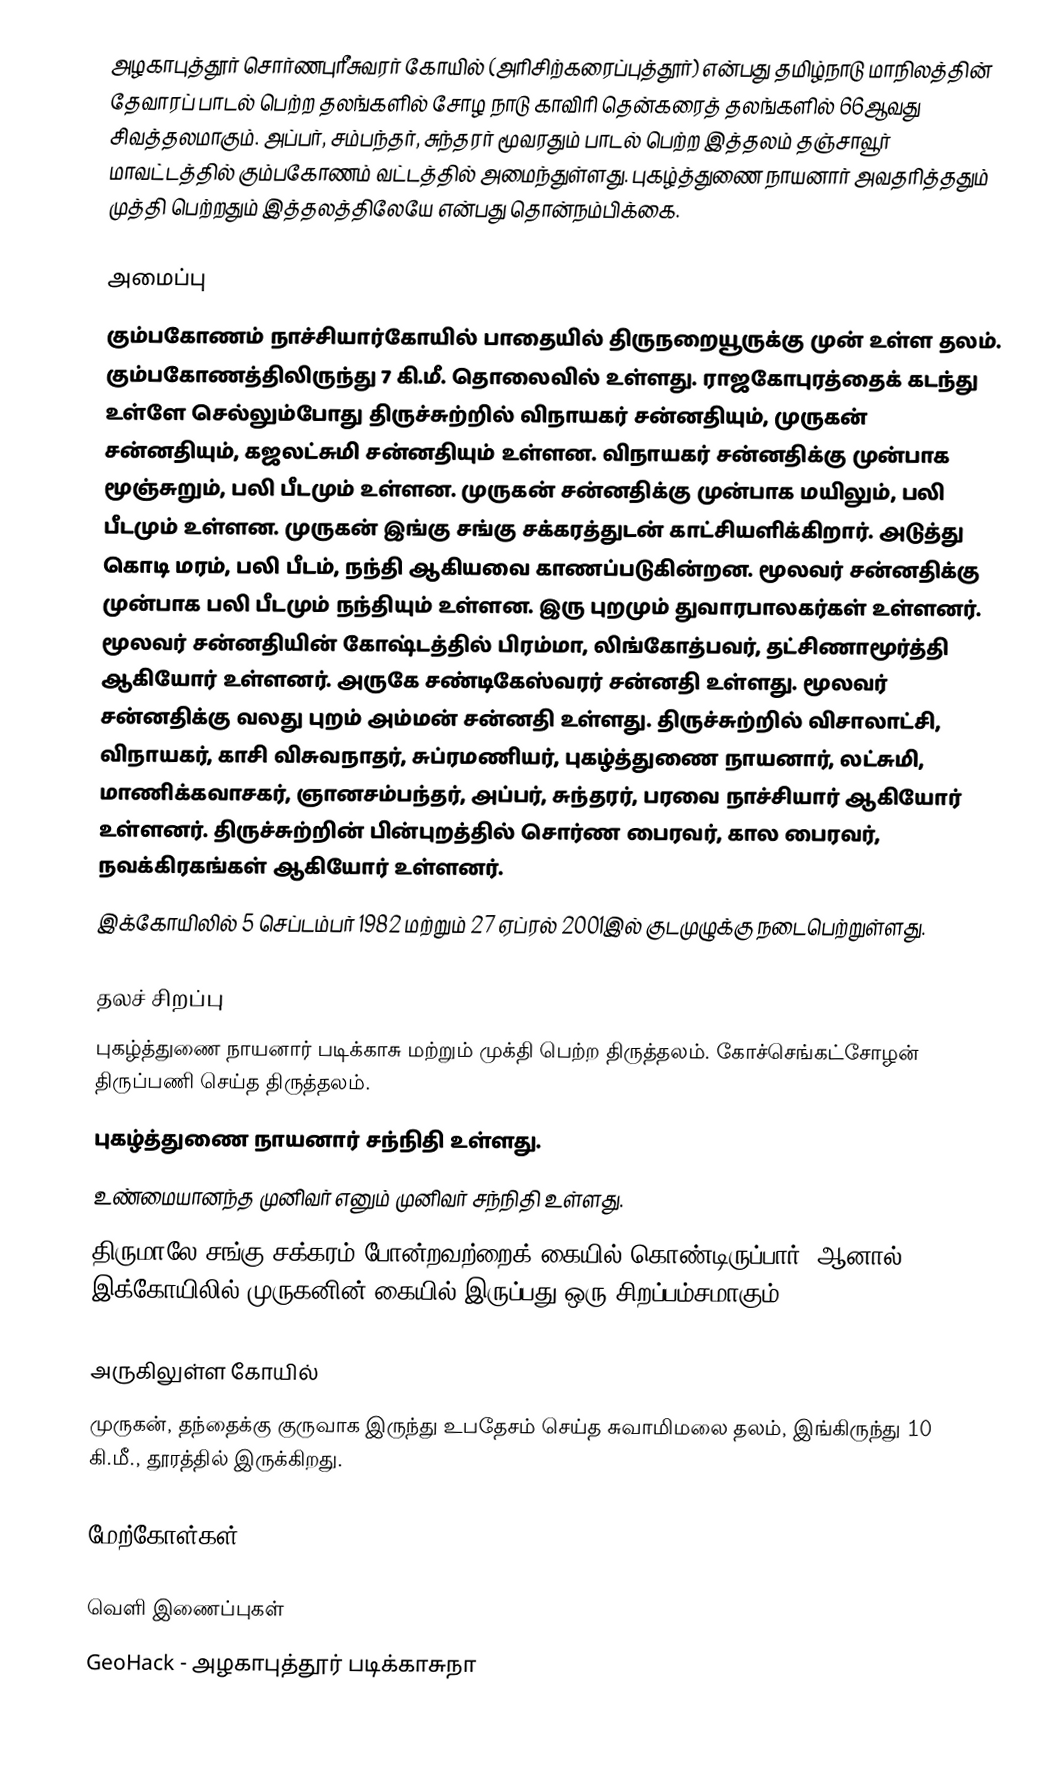
அழகாபுத்தூர் சொர்ணபுரீசுவரர் கோயில் (அரிசிற்கரைப்புத்தூர்) என்பது தமிழ்நாடு மாநிலத்தின் தேவாரப் பாடல் பெற்ற தலங்களில் சோழ நாடு காவிரி தென்கரைத் தலங்களில் 66ஆவது சிவத்தலமாகும். அப்பர், சம்பந்தர், சுந்தரர் மூவரதும் பாடல் பெற்ற இத்தலம் தஞ்சாவூர் மாவட்டத்தில்   கும்பகோணம் வட்டத்தில் அமைந்துள்ளது. புகழ்த்துணை நாயனார் அவதரித்ததும் முத்தி பெற்றதும் இத்தலத்திலேயே என்பது தொன்நம்பிக்கை.

அமைப்பு
 கும்பகோணம் நாச்சியார்கோயில் பாதையில் திருநறையூருக்கு முன் உள்ள தலம். கும்பகோணத்திலிருந்து 7 கி.மீ. தொலைவில் உள்ளது. ராஜகோபுரத்தைக் கடந்து உள்ளே செல்லும்போது திருச்சுற்றில் விநாயகர் சன்னதியும், முருகன் சன்னதியும், கஜலட்சுமி சன்னதியும் உள்ளன. விநாயகர் சன்னதிக்கு முன்பாக மூஞ்சுறும், பலி பீடமும் உள்ளன. முருகன் சன்னதிக்கு முன்பாக மயிலும், பலி பீடமும் உள்ளன. முருகன் இங்கு சங்கு சக்கரத்துடன் காட்சியளிக்கிறார். அடுத்து கொடி மரம், பலி பீடம், நந்தி ஆகியவை காணப்படுகின்றன. மூலவர் சன்னதிக்கு முன்பாக பலி பீடமும் நந்தியும் உள்ளன. இரு புறமும் துவாரபாலகர்கள் உள்ளனர். மூலவர் சன்னதியின் கோஷ்டத்தில் பிரம்மா, லிங்கோத்பவர், தட்சிணாமூர்த்தி ஆகியோர் உள்ளனர். அருகே சண்டிகேஸ்வரர் சன்னதி உள்ளது. மூலவர் சன்னதிக்கு வலது புறம் அம்மன் சன்னதி உள்ளது. திருச்சுற்றில் விசாலாட்சி, விநாயகர், காசி விசுவநாதர், சுப்ரமணியர், புகழ்த்துணை நாயனார், லட்சுமி, மாணிக்கவாசகர், ஞானசம்பந்தர், அப்பர், சுந்தரர், பரவை நாச்சியார் ஆகியோர் உள்ளனர். திருச்சுற்றின் பின்புறத்தில் சொர்ண பைரவர், கால பைரவர், நவக்கிரகங்கள் ஆகியோர் உள்ளனர்.
இக்கோயிலில் 5 செப்டம்பர் 1982 மற்றும் 27 ஏப்ரல் 2001இல் குடமுழுக்கு நடைபெற்றுள்ளது.

தலச் சிறப்பு
 புகழ்த்துணை நாயனார் படிக்காசு மற்றும் முக்தி பெற்ற திருத்தலம். கோச்செங்கட்சோழன் திருப்பணி செய்த திருத்தலம்.
 புகழ்த்துணை நாயனார் சந்நிதி உள்ளது.
 உண்மையானந்த முனிவர் எனும் முனிவர் சந்நிதி உள்ளது.
 திருமாலே சங்கு சக்கரம் போன்றவற்றைக் கையில் கொண்டிருப்பார். ஆனால் இக்கோயிலில் முருகனின் கையில் இருப்பது ஒரு சிறப்பம்சமாகும்.

அருகிலுள்ள கோயில்
முருகன், தந்தைக்கு குருவாக இருந்து உபதேசம் செய்த சுவாமிமலை தலம், இங்கிருந்து 10 கி.மீ., தூரத்தில் இருக்கிறது.

மேற்கோள்கள்

வெளி இணைப்புகள்
 GeoHack - அழகாபுத்தூர் படிக்காசுநா